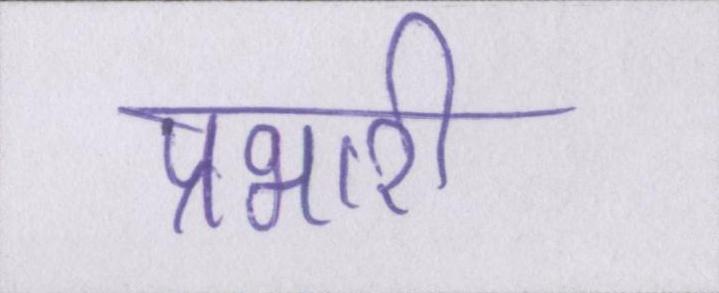
प्रभारी